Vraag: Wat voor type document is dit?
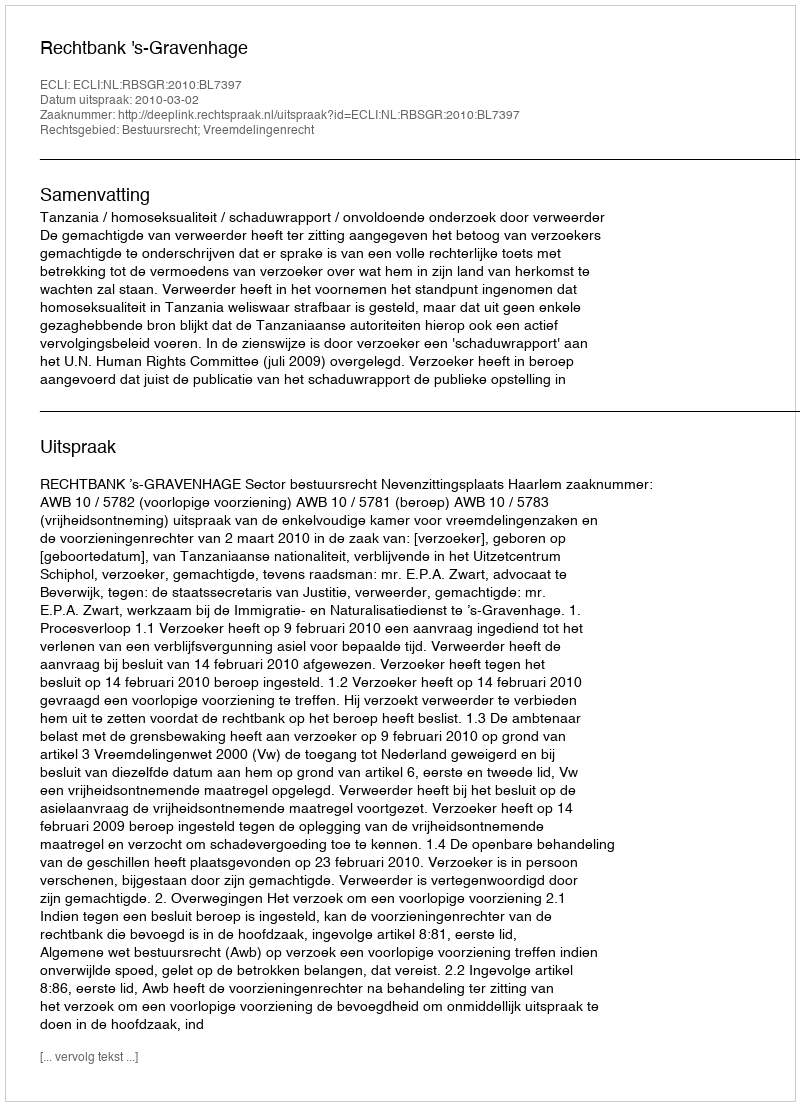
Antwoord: Uitspraak